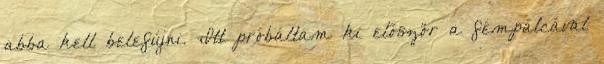
abba kell belefújni. Itt próbáltam ki először a fémpálcával